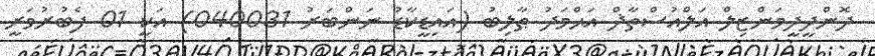
ދޮންދީދީމަންޒިލް އަލްއުސްތާޛް އަޙްމަދު ޠާލިބު (އައިޑީކާޑު ނަންބަރު 040031) އަކީ 01 ފެބުރުވަރީ